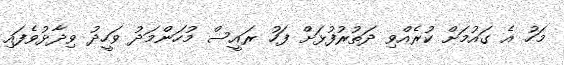
މަހު އެ ގައުމަށް ކުރެއްވި ދަތުރުފުޅަށް ފަހު ރައީސް މުހަންމަދު ވަހީދު ވިދާޅުވެފައި